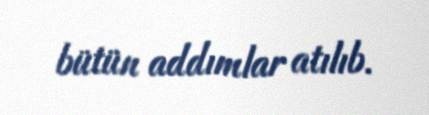
bütün addımlar atılıb.